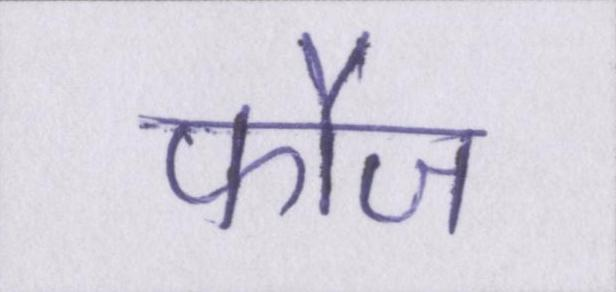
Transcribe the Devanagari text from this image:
फौज